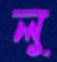
লু